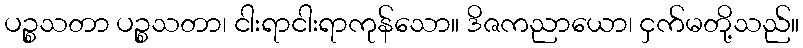
ပဉ္စသတာ ပဉ္စသတာ၊ ငါးရာငါးရာကုန်သော။ ဒိဇကညာယော၊ ငှက်မတို့သည်။